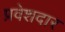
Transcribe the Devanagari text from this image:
प्रवेशदार